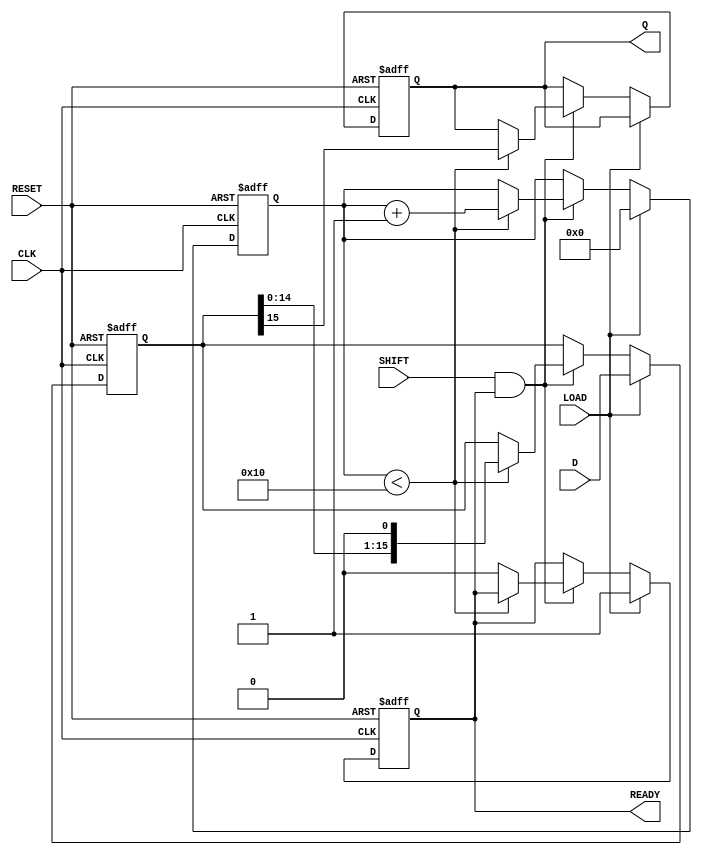
module PISO_16bit (
    input wire [15:0] D,        // 16-bit parallel input
    input wire LOAD,            // Load control signal
    input wire SHIFT,           // Shift control signal
    input wire CLK,             // Clock input
    input wire RESET,           // Asynchronous reset
    output reg Q,               // Serial output
    output reg READY            // Data ready signal
);

    reg [15:0] REG;             // Internal 16-bit shift register
    reg [4:0] bit_count;        // Bit counter

    // Asynchronous reset and loading data
    always @(posedge CLK or posedge RESET) begin
        if (RESET) begin
            REG <= 16'b0;       // Clear the register on reset
            Q <= 1'b0;          // Clear serial output
            bit_count <= 5'b0;  // Reset bit counter
            READY <= 1'b0;      // Clear READY signal
        end else if (LOAD) begin
            REG <= D;           // Load data into the register
            bit_count <= 5'b0;  // Reset bit counter
            READY <= 1'b1;      // Indicate data is ready to shift
        end else if (SHIFT && READY) begin
            if (bit_count < 16) begin
                Q <= REG[15];    // Output the MSB
                REG <= REG << 1; // Shift left the register
                bit_count <= bit_count + 1; // Increment bit counter
            end else begin
                READY <= 1'b0;    // Indicate shifting is complete
            end
        end
    end

endmodule